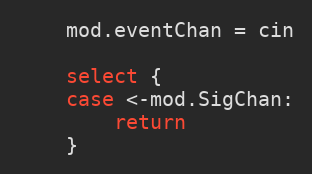
Language: Go
	mod.eventChan = cin

	select {
	case <-mod.SigChan:
		return
	}